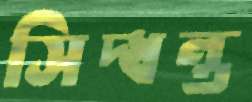
সিদ্ধন্ত